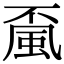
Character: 𩖲